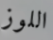
اللوز